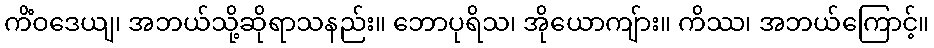
ကိံဝဒေယျ၊ အဘယ်သို့ဆိုရာသနည်း။ ဘောပုရိသ၊ အိုယောကျ်ား။ ကိဿ၊ အဘယ်ကြောင့်။